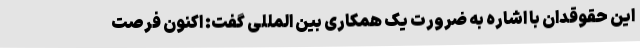
این حقوقدان با اشاره به ضرورت یک همکاری بین المللی گفت: اکنون فرصت